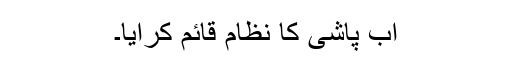
آب پاشی کا نظام قائم کرایا۔